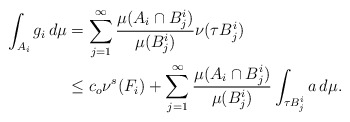
\begin{align*}\int_{A_i}g_i\,d\mu&= \sum_{j=1}^{\infty}\frac{\mu(A_i\cap B_j^i)}{\mu(B_j^i)}\nu(\tau B_j^i)\\& \le c_o\nu^s(F_i)+\sum_{j=1}^{\infty}\frac{\mu(A_i\cap B_j^i)}{\mu(B_j^i)}\int_{\tau B_j^i}a\,d\mu.\end{align*}